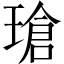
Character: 瑲